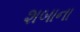
શબાના